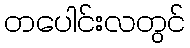
တပေါင်းလတွင်